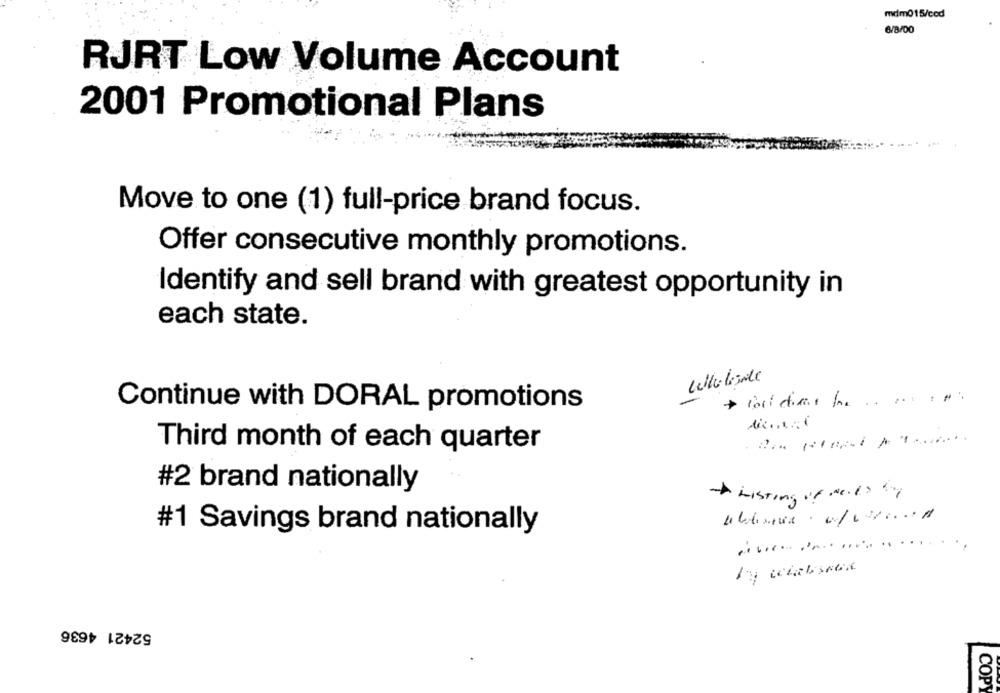
mdm015/ced
6/8/00
RJRT Low Volume Account
2001 Promotional Plans
Move to one (1) full-price brand focus.
Offer consecutive monthly promotions.
Identify and sell brand with greatest opportunity in
each state.
Continue with DORAL promotions
Third month of each quarter
#2 brand nationally
Listing of NELS BY
#1 Savings brand nationally
52421 4636
COPY